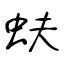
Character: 蚨